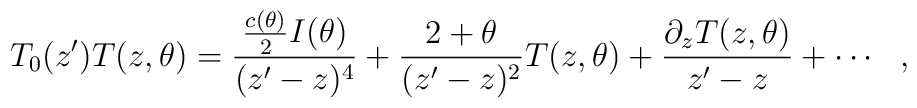
T_{0}(z^{\prime})T(z,\theta)=\frac{\frac{c(\theta)}{2}I(\theta)}{(z^{\prime}-z)^{4}}+\frac{2+\theta}{(z^{\prime}-z)^{2}}T(z,\theta)+\frac{\partial_{z}T(z,\theta)}{z^{\prime}-z}+\cdots\:\:\:,